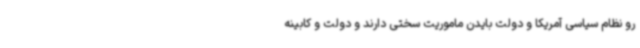
رو نظام سیاسی آمریکا و دولت بایدن ماموریت سختی دارند و دولت و کابینه